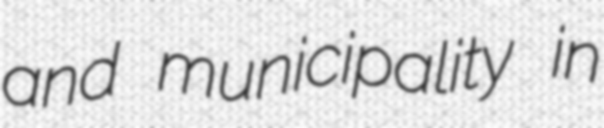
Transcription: and municipality in